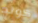
كولد